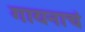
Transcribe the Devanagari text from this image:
गायनाचं